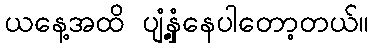
ယနေ့အထိ ပျံ့နှံ့နေပါတော့တယ်။